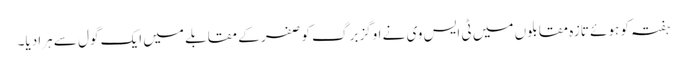
ہفتہ کو ہوئے تازہ مقابلوں میں ٹی ایس وی نے اوگزبرگ کو صفر کے مقابلے میں ایک گول سے ہرا دیا۔